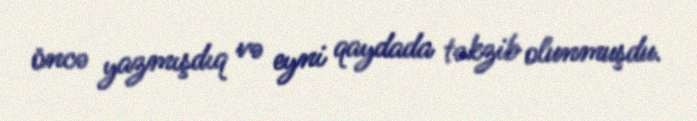
öncə yazmışdıq və eyni qaydada təkzib olunmuşdu.